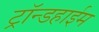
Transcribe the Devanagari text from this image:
ट्रॉन्डहाईम